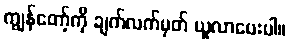
ကျွန်တော့်ကို ချက်လက်မှတ် ယူလာပေးပါ။